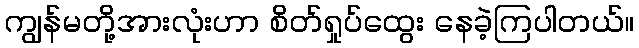
ကျွန်မတို့အားလုံးဟာ စိတ်ရှုပ်ထွေး နေခဲ့ကြပါတယ်။